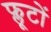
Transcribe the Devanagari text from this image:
फ्लूटों